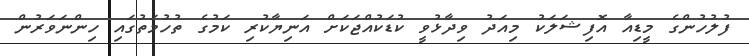
ފުލުހުންގެ މީޑިއާ އޮފިޝަލަކު މިއަދު ވިދާޅުވީ ކުޑަކުއްޖަކަށް އަނިޔާކުރި ކަމުގެ ތުހުމަތުގައި ހިންނަވަރުން